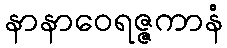
နာနာဝေရဇ္ဇကာနံ